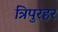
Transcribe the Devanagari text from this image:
त्रिपुरहर